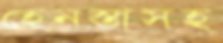
হেনস্তাসহ